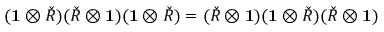
( \mathbf { 1 } \otimes { \check { R } } ) ( { \check { R } } \otimes \mathbf { 1 } ) ( \mathbf { 1 } \otimes { \check { R } } ) = ( { \check { R } } \otimes \mathbf { 1 } ) ( \mathbf { 1 } \otimes { \check { R } } ) ( { \check { R } } \otimes \mathbf { 1 } )